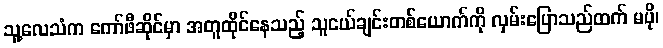
သူ့လေသံက ကော်ဖီဆိုင်မှာ အတူထိုင်နေသည့် သူငယ်ချင်းတစ်ယောက်ကို လှမ်းပြောသည်ထက် မပို၊